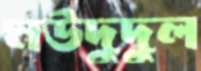
মউদুদুল